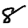
Digit: 8